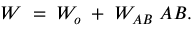
{ \cal W } \; = \; { \cal W } _ { o } \; + \; { \cal W } _ { A B } \; A B .